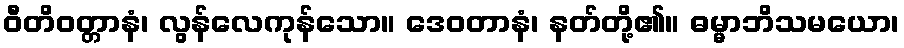
ဝီတိဝတ္တာနံ၊ လွန်လေကုန်သော။ ဒေဝတာနံ၊ နတ်တို့၏။ ဓမ္မာဘိသမယော၊